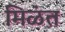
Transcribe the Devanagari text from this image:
मिळंत